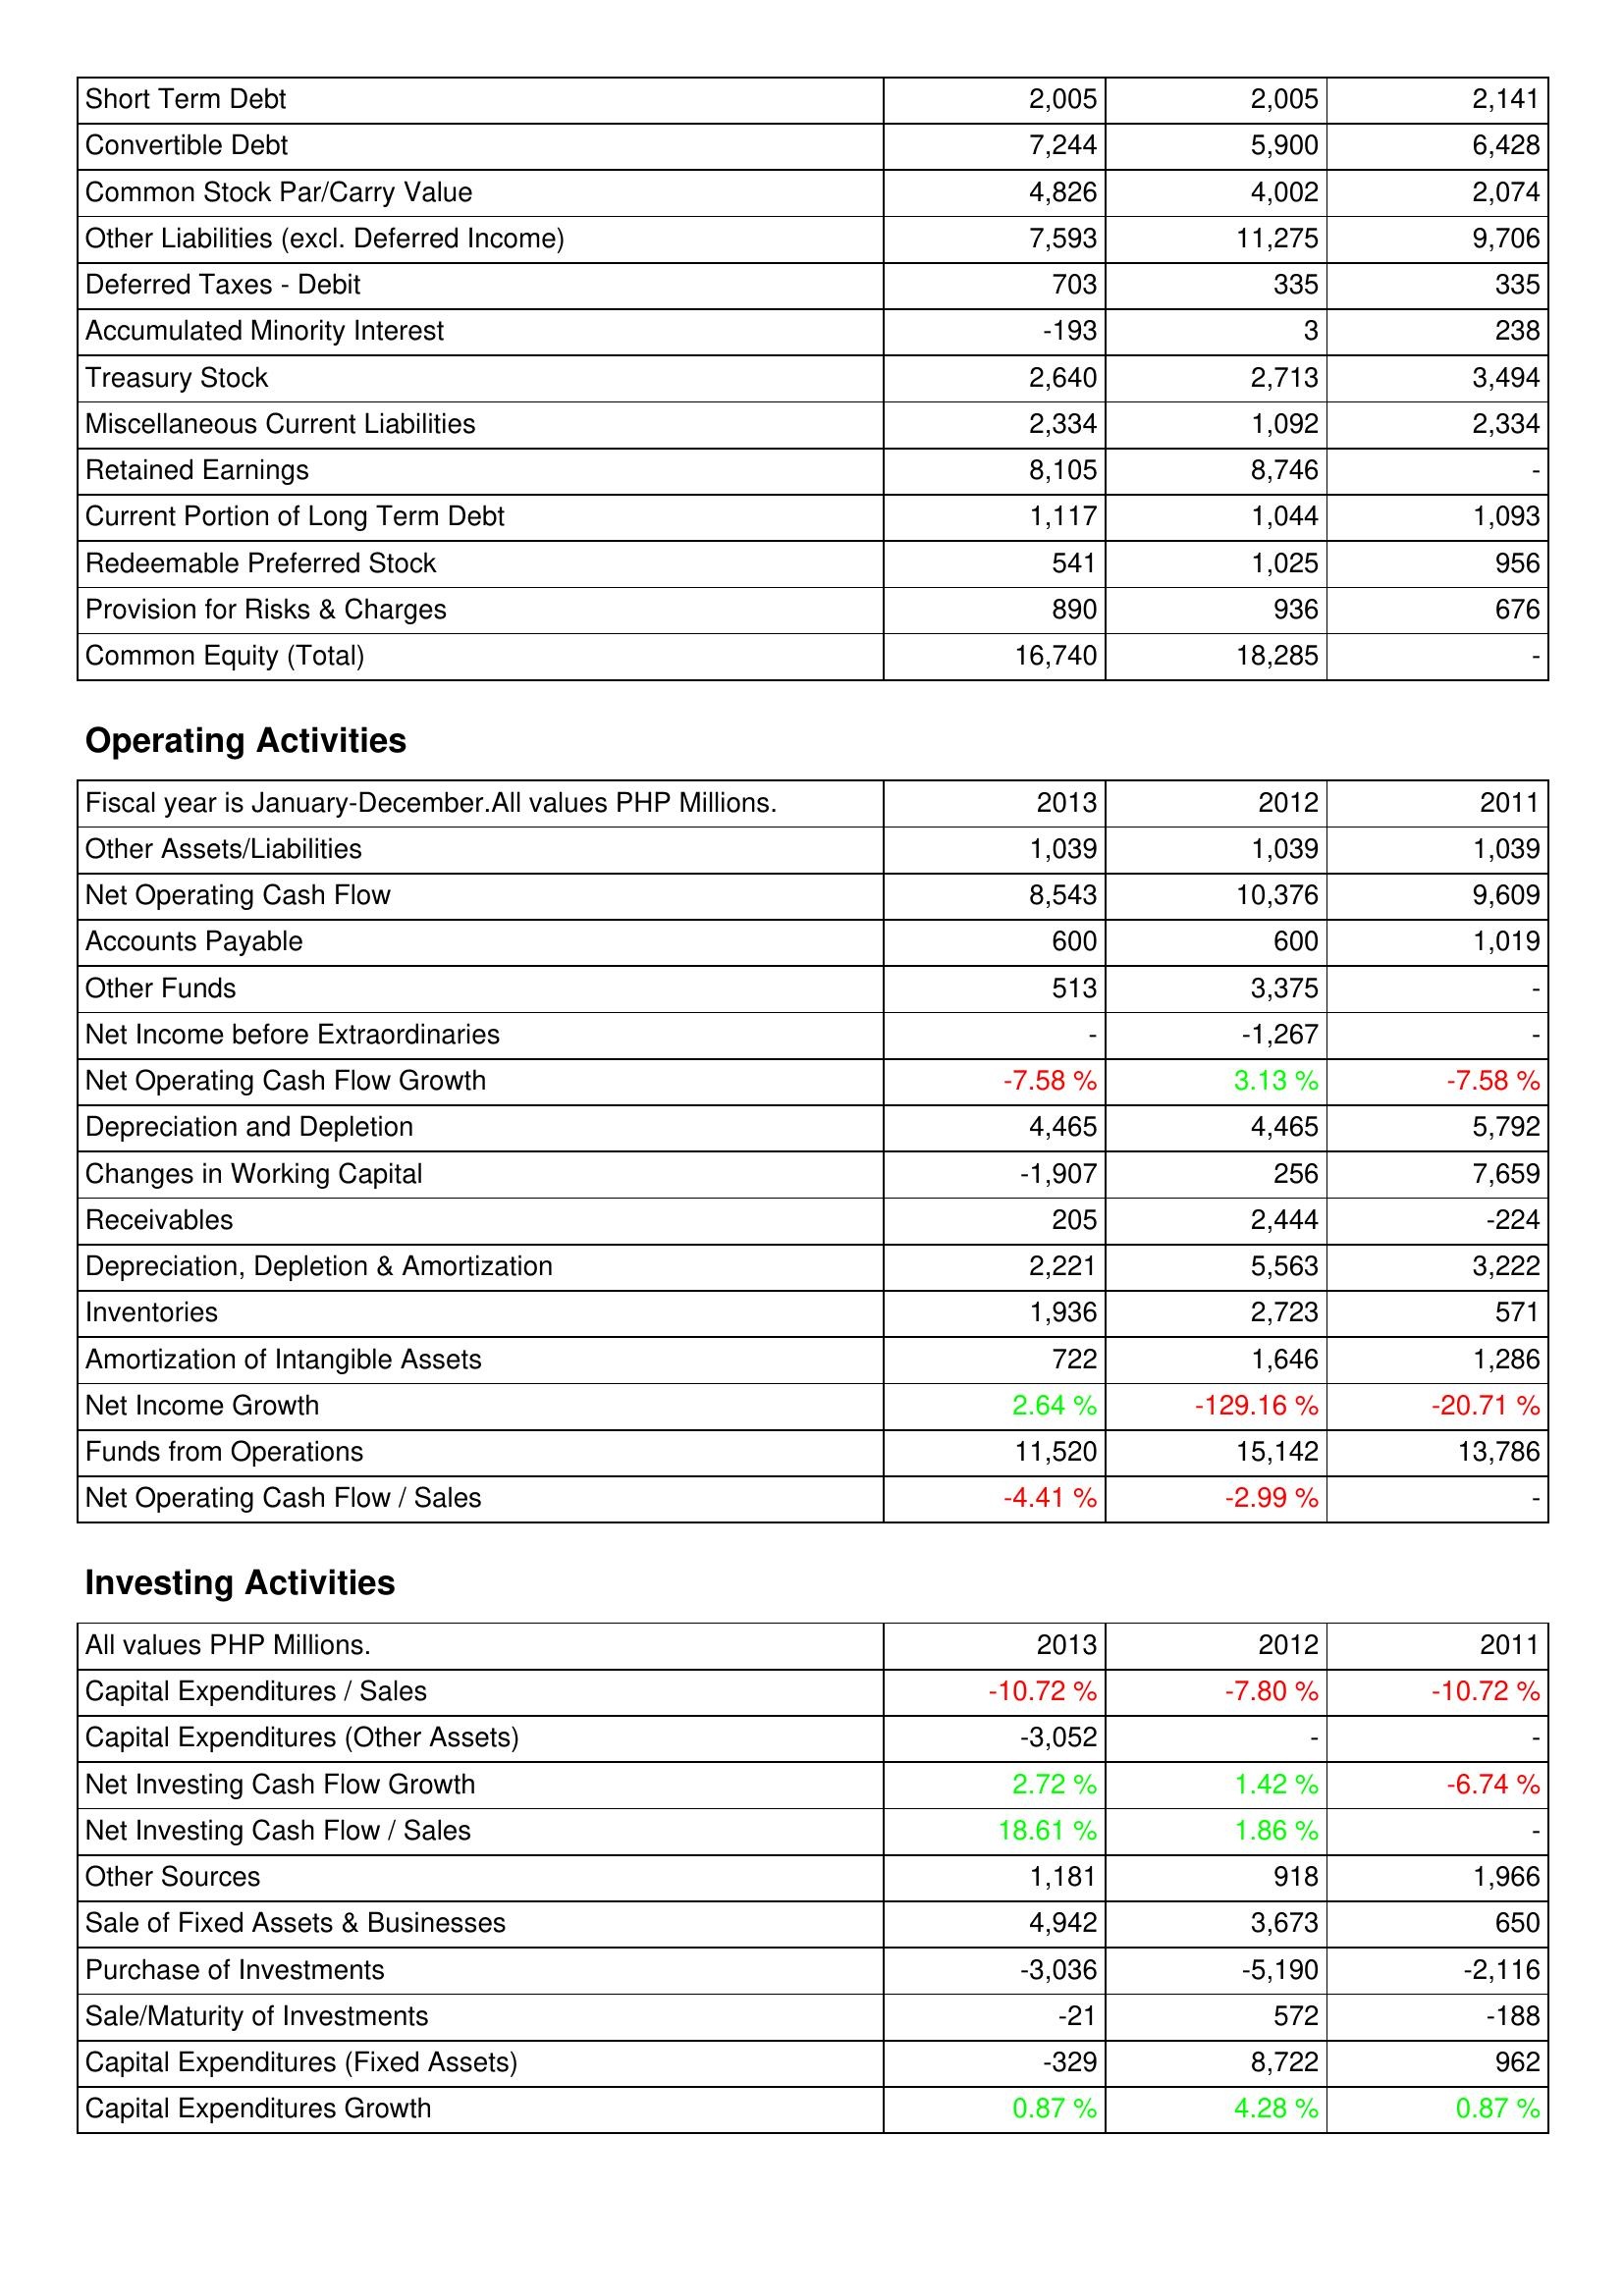
2013: Liabilities & Shareholders' Equity: Short Term Debt: 2,005
Convertible Debt: 7,244
Common Stock Par/Carry Value: 4,826
Other Liabilities (excl. Deferred Income): 7,593
Deferred Taxes - Debit: 703
Accumulated Minority Interest: -193
Treasury Stock: 2,640
Miscellaneous Current Liabilities: 2,334
Retained Earnings: 8,105
Current Portion of Long Term Debt: 1,117
Redeemable Preferred Stock: 541
Provision for Risks & Charges: 890
Common Equity (Total): 16,740
Operating Activities: Other Assets/Liabilities: 1,039
Net Operating Cash Flow: 8,543
Accounts Payable: 600
Other Funds: 513
Net Income before Extraordinaries: -
Net Operating Cash Flow Growth: -7.58 %
Depreciation and Depletion: 4,465
Changes in Working Capital: -1,907
Receivables: 205
Depreciation, Depletion & Amortization: 2,221
Inventories: 1,936
Amortization of Intangible Assets: 722
Net Income Growth: 2.64 %
Funds from Operations: 11,520
Net Operating Cash Flow / Sales: -4.41 %
Investing Activities: Capital Expenditures / Sales: -10.72 %
Capital Expenditures (Other Assets): -3,052
Net Investing Cash Flow Growth: 2.72 %
Net Investing Cash Flow / Sales: 18.61 %
Other Sources: 1,181
Sale of Fixed Assets & Businesses: 4,942
Purchase of Investments: -3,036
Sale/Maturity of Investments: -21
Capital Expenditures (Fixed Assets): -329
Capital Expenditures Growth: 0.87 %
2012: Liabilities & Shareholders' Equity: Short Term Debt: 2,005
Convertible Debt: 5,900
Common Stock Par/Carry Value: 4,002
Other Liabilities (excl. Deferred Income): 11,275
Deferred Taxes - Debit: 335
Accumulated Minority Interest: 3
Treasury Stock: 2,713
Miscellaneous Current Liabilities: 1,092
Retained Earnings: 8,746
Current Portion of Long Term Debt: 1,044
Redeemable Preferred Stock: 1,025
Provision for Risks & Charges: 936
Common Equity (Total): 18,285
Operating Activities: Other Assets/Liabilities: 1,039
Net Operating Cash Flow: 10,376
Accounts Payable: 600
Other Funds: 3,375
Net Income before Extraordinaries: -1,267
Net Operating Cash Flow Growth: 3.13 %
Depreciation and Depletion: 4,465
Changes in Working Capital: 256
Receivables: 2,444
Depreciation, Depletion & Amortization: 5,563
Inventories: 2,723
Amortization of Intangible Assets: 1,646
Net Income Growth: -129.16 %
Funds from Operations: 15,142
Net Operating Cash Flow / Sales: -2.99 %
Investing Activities: Capital Expenditures / Sales: -7.80 %
Capital Expenditures (Other Assets): -
Net Investing Cash Flow Growth: 1.42 %
Net Investing Cash Flow / Sales: 1.86 %
Other Sources: 918
Sale of Fixed Assets & Businesses: 3,673
Purchase of Investments: -5,190
Sale/Maturity of Investments: 572
Capital Expenditures (Fixed Assets): 8,722
Capital Expenditures Growth: 4.28 %
2011: Liabilities & Shareholders' Equity: Short Term Debt: 2,141
Convertible Debt: 6,428
Common Stock Par/Carry Value: 2,074
Other Liabilities (excl. Deferred Income): 9,706
Deferred Taxes - Debit: 335
Accumulated Minority Interest: 238
Treasury Stock: 3,494
Miscellaneous Current Liabilities: 2,334
Retained Earnings: -
Current Portion of Long Term Debt: 1,093
Redeemable Preferred Stock: 956
Provision for Risks & Charges: 676
Common Equity (Total): -
Operating Activities: Other Assets/Liabilities: 1,039
Net Operating Cash Flow: 9,609
Accounts Payable: 1,019
Other Funds: -
Net Income before Extraordinaries: -
Net Operating Cash Flow Growth: -7.58 %
Depreciation and Depletion: 5,792
Changes in Working Capital: 7,659
Receivables: -224
Depreciation, Depletion & Amortization: 3,222
Inventories: 571
Amortization of Intangible Assets: 1,286
Net Income Growth: -20.71 %
Funds from Operations: 13,786
Net Operating Cash Flow / Sales: -
Investing Activities: Capital Expenditures / Sales: -10.72 %
Capital Expenditures (Other Assets): -
Net Investing Cash Flow Growth: -6.74 %
Net Investing Cash Flow / Sales: -
Other Sources: 1,966
Sale of Fixed Assets & Businesses: 650
Purchase of Investments: -2,116
Sale/Maturity of Investments: -188
Capital Expenditures (Fixed Assets): 962
Capital Expenditures Growth: 0.87 %